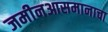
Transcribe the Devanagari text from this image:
जमीनआसमानाचा